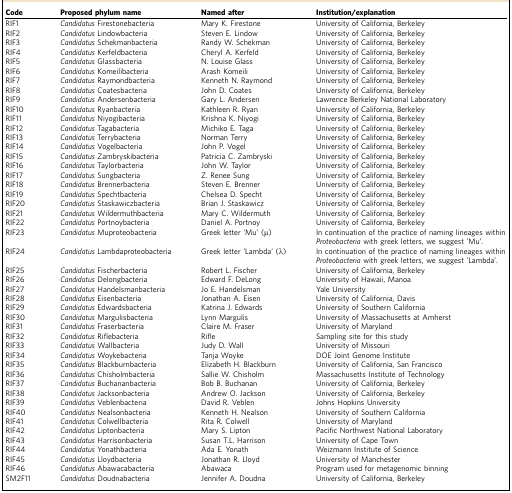
<table><thead><tr><td><b>Code</b></td><td><b>Proposed phylum name</b></td><td><b>Named after</b></td><td><b>Institution/explanation</b></td></tr></thead><tbody><tr><td>RIF1</td><td><i>Candidatus</i> Firestonebacteria</td><td>Mary K. Firestone</td><td>University of California, Berkeley</td></tr><tr><td>RIF2</td><td><i>Candidatus</i> Lindowbacteria</td><td>Steven E. Lindow</td><td>University of California, Berkeley</td></tr><tr><td>RIF3</td><td><i>Candidatus</i> Schekmanbacteria</td><td>Randy W. Schekman</td><td>University of California, Berkeley</td></tr><tr><td>RIF4</td><td><i>Candidatus</i> Kerfeldbacteria</td><td>Cheryl A. Kerfeld</td><td>University of California, Berkeley</td></tr><tr><td>RIF5</td><td><i>Candidatus</i> Glassbacteria</td><td>N. Louise Glass</td><td>University of California, Berkeley</td></tr><tr><td>RIF6</td><td><i>Candidatus</i> Komeilibacteria</td><td>Arash Komeili</td><td>University of California, Berkeley</td></tr><tr><td>RIF7</td><td><i>Candidatus</i> Raymondbacteria</td><td>Kenneth N. Raymond</td><td>University of California, Berkeley</td></tr><tr><td>RIF8</td><td><i>Candidatus</i> Coatesbacteria</td><td>John D. Coates</td><td>University of California, Berkeley</td></tr><tr><td>RIF9</td><td><i>Candidatus</i> Andersenbacteria</td><td>Gary L. Andersen</td><td>Lawrence Berkeley National Laboratory</td></tr><tr><td>RIF10</td><td><i>Candidatus</i> Ryanbacteria</td><td>Kathleen R. Ryan</td><td>University of California, Berkeley</td></tr><tr><td>RIF11</td><td><i>Candidatus</i> Niyogibacteria</td><td>Krishna K. Niyogi</td><td>University of California, Berkeley</td></tr><tr><td>RIF12</td><td><i>Candidatus</i> Tagabacteria</td><td>Michiko E. Taga</td><td>University of California, Berkeley</td></tr><tr><td>RIF13</td><td><i>Candidatus</i> Terrybacteria</td><td>Norman Terry</td><td>University of California, Berkeley</td></tr><tr><td>RIF14</td><td><i>Candidatus</i> Vogelbacteria</td><td>John P. Vogel</td><td>University of California, Berkeley</td></tr><tr><td>RIF15</td><td><i>Candidatus</i> Zambryskibacteria</td><td>Patricia C. Zambryski</td><td>University of California, Berkeley</td></tr><tr><td>RIF16</td><td><i>Candidatus</i> Taylorbacteria</td><td>John W. Taylor</td><td>University of California, Berkeley</td></tr><tr><td>RIF17</td><td><i>Candidatus</i> Sungbacteria</td><td>Z. Renee Sung</td><td>University of California, Berkeley</td></tr><tr><td>RIF18</td><td><i>Candidatus</i> Brennerbacteria</td><td>Steven E. Brenner</td><td>University of California, Berkeley</td></tr><tr><td>RIF19</td><td><i>Candidatus</i> Spechtbacteria</td><td>Chelsea D. Specht</td><td>University of California, Berkeley</td></tr><tr><td>RIF20</td><td><i>Candidatus</i> Staskawiczbacteria</td><td>Brian J. Staskawicz</td><td>University of California, Berkeley</td></tr><tr><td>RIF21</td><td><i>Candidatus</i> Wildermuthbacteria</td><td>Mary C. Wildermuth</td><td>University of California, Berkeley</td></tr><tr><td>RIF22</td><td><i>Candidatus</i> Portnoybacteria</td><td>Daniel A. Portnoy</td><td>University of California, Berkeley</td></tr><tr><td>RIF23</td><td><i>Candidatus</i> Muproteobacteria</td><td>Greek letter ‘Mu&#x27; (μ)</td><td>In continuation of the practice of naming lineages within <i>Proteobacteria</i> with greek letters, we suggest &#x27;Mu&#x27;.</td></tr><tr><td>RIF24</td><td><i>Candidatus</i> Lambdaproteobacteria</td><td>Greek letter &#x27;Lambda&#x27; (λ)</td><td>In continuation of the practice of naming lineages within <i>Proteobacteria</i> with greek letters, we suggest &#x27;Lambda&#x27;.</td></tr><tr><td>RIF25</td><td><i>Candidatus</i> Fischerbacteria</td><td>Robert L. Fischer</td><td>University of California, Berkeley</td></tr><tr><td>RIF26</td><td><i>Candidatus</i> Delongbacteria</td><td>Edward F. DeLong</td><td>University of Hawaii, Manoa</td></tr><tr><td>RIF27</td><td><i>Candidatus</i> Handelsmanbacteria</td><td>Jo E. Handelsman</td><td>Yale University</td></tr><tr><td>RIF28</td><td><i>Candidatus</i> Eisenbacteria</td><td>Jonathan A. Eisen</td><td>University of California, Davis</td></tr><tr><td>RIF29</td><td><i>Candidatus</i> Edwardsbacteria</td><td>Katrina J. Edwards</td><td>University of Southern California</td></tr><tr><td>RIF30</td><td><i>Candidatus</i> Margulisbacteria</td><td>Lynn Margulis</td><td>University of Massachusetts at Amherst</td></tr><tr><td>RIF31</td><td><i>Candidatus</i> Fraserbacteria</td><td>Claire M. Fraser</td><td>University of Maryland</td></tr><tr><td>RIF32</td><td><i>Candidatus</i> Riflebacteria</td><td>Rifle</td><td>Sampling site for this study</td></tr><tr><td>RIF33</td><td><i>Candidatus</i> Wallbacteria</td><td>Judy D. Wall</td><td>University of Missouri</td></tr><tr><td>RIF34</td><td><i>Candidatus</i> Woykebacteria</td><td>Tanja Woyke</td><td>DOE Joint Genome Institute</td></tr><tr><td>RIF35</td><td><i>Candidatus</i> Blackburnbacteria</td><td>Elizabeth H. Blackburn</td><td>University of California, San Francisco</td></tr><tr><td>RIF36</td><td><i>Candidatus</i> Chisholmbacteria</td><td>Sallie W. Chisholm</td><td>Massachusetts Institute of Technology</td></tr><tr><td>RIF37</td><td><i>Candidatus</i> Buchananbacteria</td><td>Bob B. Buchanan</td><td>University of California, Berkeley</td></tr><tr><td>RIF38</td><td><i>Candidatus</i> Jacksonbacteria</td><td>Andrew O. Jackson</td><td>University of California, Berkeley</td></tr><tr><td>RIF39</td><td><i>Candidatus</i> Veblenbacteria</td><td>David R. Veblen</td><td>Johns Hopkins University</td></tr><tr><td>RIF40</td><td><i>Candidatus</i> Nealsonbacteria</td><td>Kenneth H. Nealson</td><td>University of Southern California</td></tr><tr><td>RIF41</td><td><i>Candidatus</i> Colwellbacteria</td><td>Rita R. Colwell</td><td>University of Maryland</td></tr><tr><td>RIF42</td><td><i>Candidatus</i> Liptonbacteria</td><td>Mary S. Lipton</td><td>Pacific Northwest National Laboratory</td></tr><tr><td>RIF43</td><td><i>Candidatus</i> Harrisonbacteria</td><td>Susan T.L. Harrison</td><td>University of Cape Town</td></tr><tr><td>RIF44</td><td><i>Candidatus</i> Yonathbacteria</td><td>Ada E. Yonath</td><td>Weizmann Institute of Science</td></tr><tr><td>RIF45</td><td><i>Candidatus</i> Lloydbacteria</td><td>Jonathan R. Lloyd</td><td>University of Manchester</td></tr><tr><td>RIF46</td><td><i>Candidatus</i> Abawacabacteria</td><td>Abawaca</td><td>Program used for metagenomic binning</td></tr><tr><td>SM2F11</td><td><i>Candidatus</i> Doudnabacteria</td><td>Jennifer A. Doudna</td><td>University of California, Berkeley</td></tr></tbody></table>